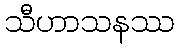
သီဟာသနဿ